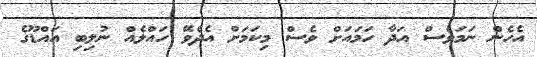
އެހެން ނަމަވެސް އަދާ ހަމައަށް ވެސް މިކަމަށް އެދެވޭ ހައްލެއް ނުލިބި އައްޑޫގެ